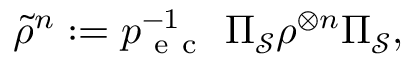
\tilde { \rho } ^ { n } : = p _ { \mathrm { ~ e ~ c ~ } } ^ { - 1 } ~ \Pi _ { \mathcal { S } } \rho ^ { \otimes n } \Pi _ { \mathcal { S } } ,